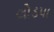
લોડપા